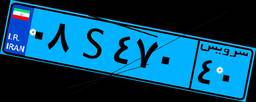
۰۸S۴۷۰۴۰